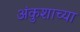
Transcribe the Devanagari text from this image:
अंकुशाच्या